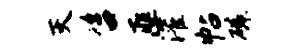
灭咨匪灌帖磷